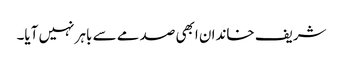
شریف خاندان ابھی صدمے سے باہر نہیں آیا۔